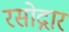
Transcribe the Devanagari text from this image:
रसोद्गार